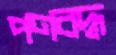
পণবদ্ধ